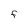
Character: F